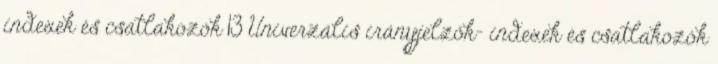
indexek és csatlakozók 13 Univerzális irányjelzők- indexek és csatlakozók